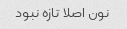
نون اصلا تازه نبود